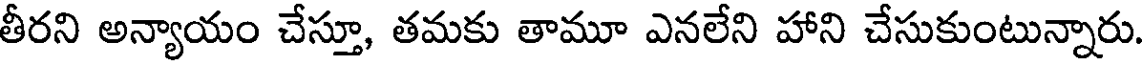
తీరని అన్యాయం చేస్తూ, తమకు తామూ ఎనలేని హాని చేసుకుంటున్నారు.